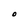
Character: O